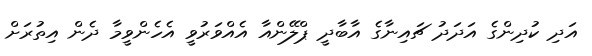
އަދި ކުދިންގެ އަދަދު ޗައިނާގެ އާބާދީ ޕްލޭންއާ އެއްވަރުވީ އެހެންވީމާ ދެން އިތުރަށް